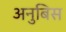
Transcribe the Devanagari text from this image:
अनुबिस